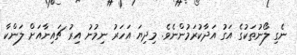
ނެގި ލޯނުތަކުގެ އަގު އަދާކުރަމުންނެވެ. މިދިޔަ އަހަރު ނިމުނު އިރު ޗައިނާއަށް ލަންކާ